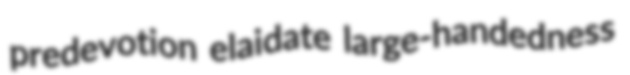
predevotion elaidate large-handedness